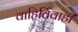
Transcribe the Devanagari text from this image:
वाहिर्विवाही